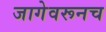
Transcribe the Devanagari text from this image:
जागेवरूनच